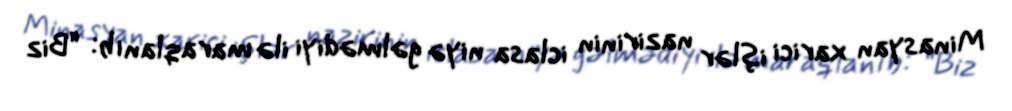
Minasyan xarici işlər nazirinin iclasa niyə gəlmədiyi ilə maraqlanıb: “Biz